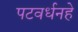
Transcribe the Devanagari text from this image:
पटवर्धनहे